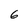
Character: 6